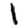
Digit: 1